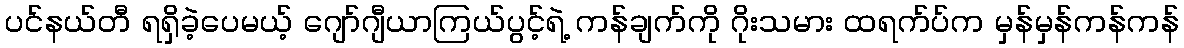
ပင်နယ်တီ ရရှိခဲ့ပေမယ့် ဂျော်ဂျီယာကြယ်ပွင့်ရဲ့ ကန်ချက်ကို ဂိုးသမား ထရက်ပ်က မှန်မှန်ကန်ကန်